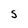
Character: S